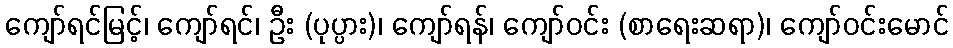
ကျော်ရင်မြင့်၊ ကျော်ရင်၊ ဦး (ပုပ္ပား)၊ ကျော်ရန်၊ ကျော်ဝင်း (စာရေးဆရာ)၊ ကျော်ဝင်းမောင်